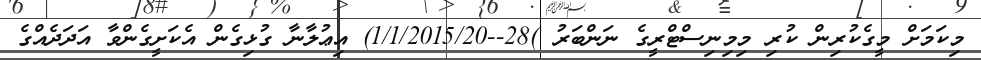
މިކަމަށް މީގެކުރިން ކުރި މިމިނިސްޓްރީގެ ނަންބަރު )28--1/1/2015/20) އިޢުލާނާ ގުޅިގެން އެކަށީގެންވާ އަދަދެއްގެ